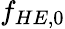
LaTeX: f_{HE,0}